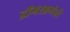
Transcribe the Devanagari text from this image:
डोंगरभ्रमंती